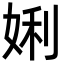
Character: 娳